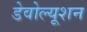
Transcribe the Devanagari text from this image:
डेवोल्यूशन